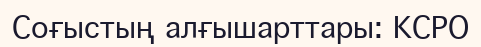
Соғыстың алғышарттары: КСРО